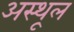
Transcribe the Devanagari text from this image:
अस्थूल